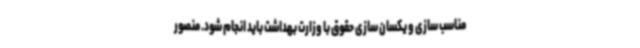
مناسب سازی و یکسان سازی حقوق با وزارت بهداشت باید انجام شود. منصور